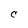
Character: C